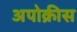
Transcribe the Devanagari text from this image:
अपोक्रीस